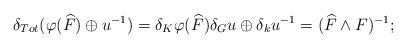
LaTeX: \begin{align*} \delta_{Tot} ( \varphi(\widehat{F}) \oplus u^{-1})= \delta_K \varphi(\widehat{F}) \delta_Gu \oplus \delta_k u^{-1}= (\widehat{F} \wedge F)^{-1}; \end{align*}